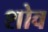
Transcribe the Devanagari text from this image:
शोव